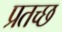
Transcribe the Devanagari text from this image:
प्रतच्छ